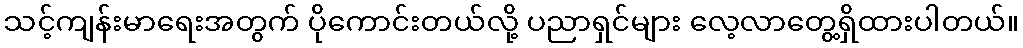
သင့်ကျန်းမာရေးအတွက် ပိုကောင်းတယ်လို့ ပညာရှင်များ လေ့လာတွေ့ရှိထားပါတယ်။